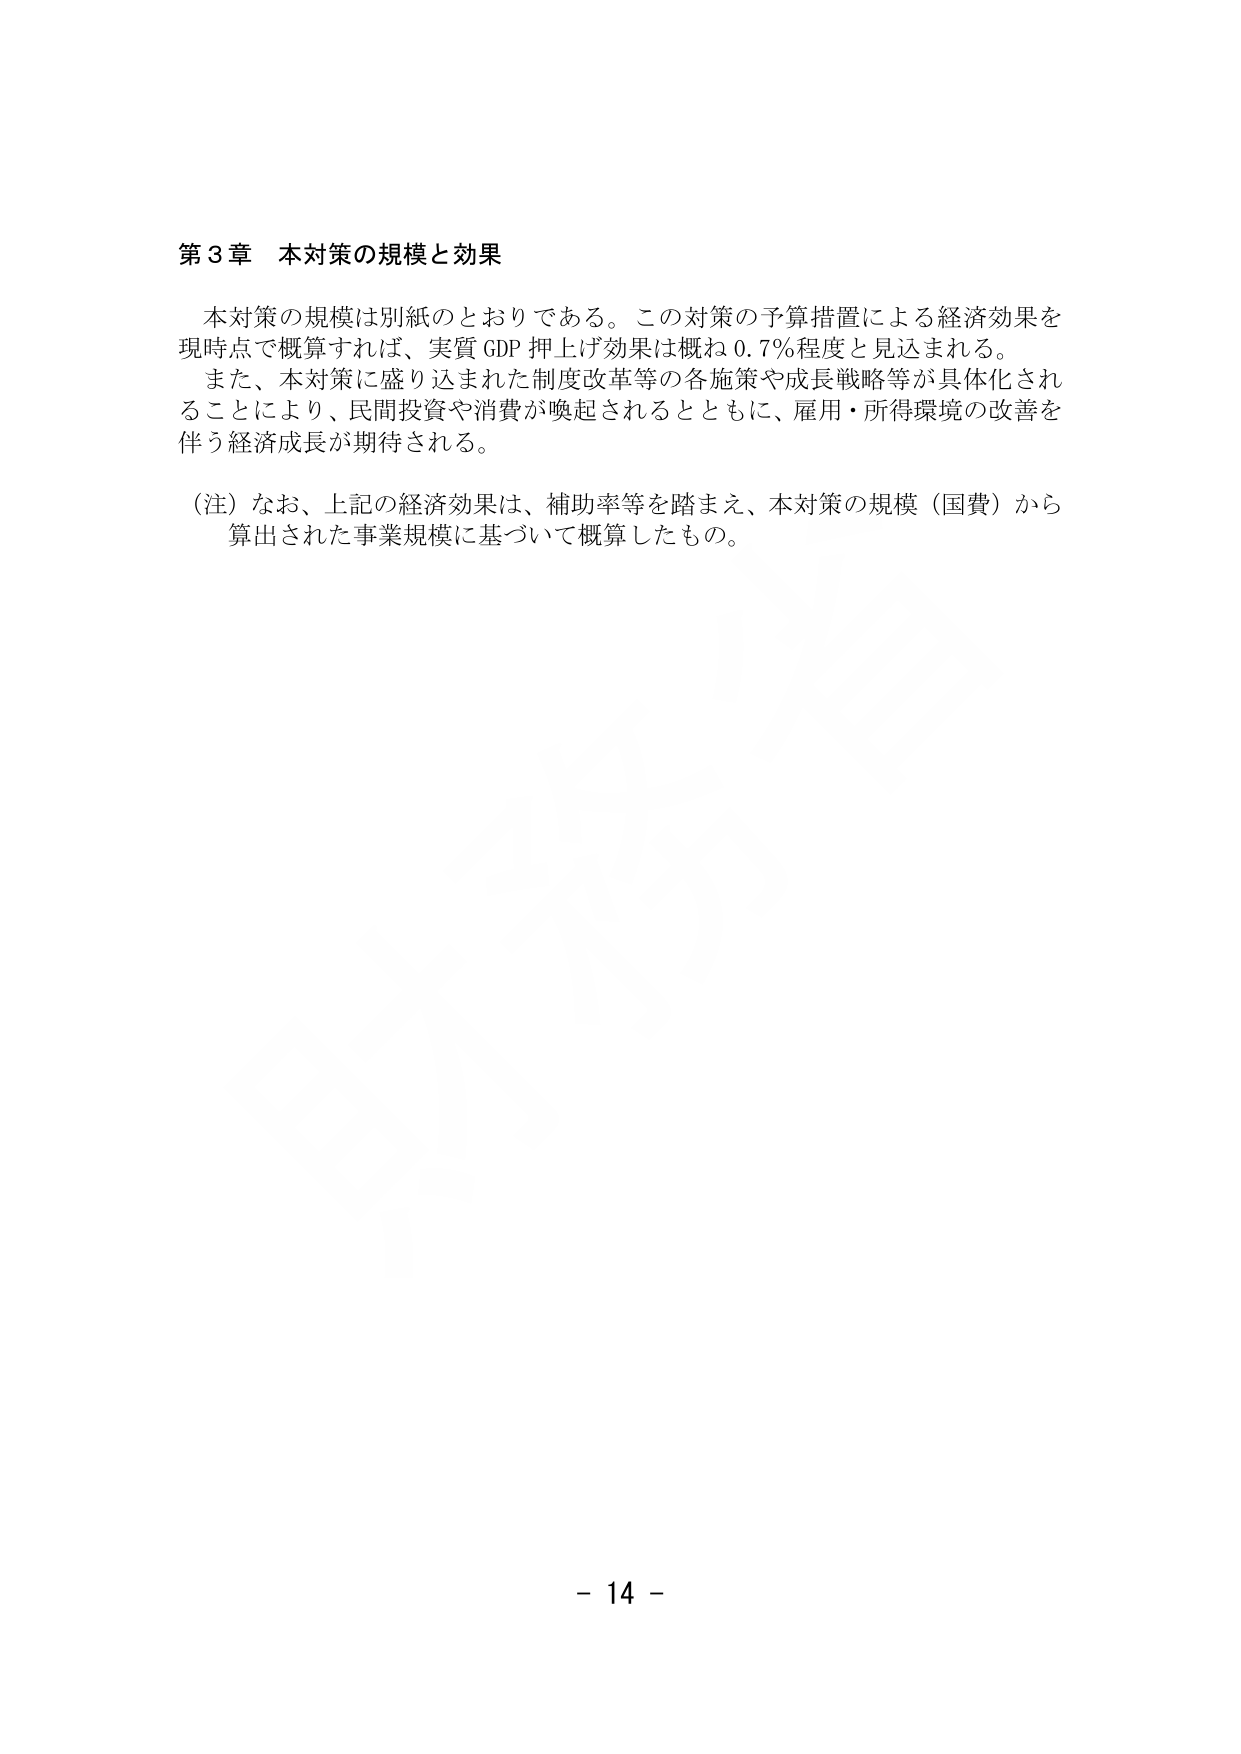
第３章 本対策の規模と効果

本対策の規模は別紙のとおりである。この対策の予算措置による経済効果を現時点で概算すれば、実質GDP押上げ効果は概ね0.7％程度と見込まれる。
また、本対策に盛り込まれた制度改革等の各施策や成長戦略等が具体化されることにより、民間投資や消費が喚起されるとともに、雇用・所得環境の改善を伴う経済成長が期待される。

（注）なお、上記の経済効果は、補助率等を踏まえ、本対策の規模（国費）から算出された事業規模に基づいて概算したもの。

－ 14 －